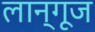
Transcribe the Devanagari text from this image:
लान्गूज